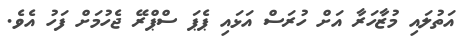
އަތުލައި މުޒާހަރާ އަށް ހުރަސް އަޅައި ޕެޕަ ސްޕްރޭ ޖެހުމަށް ފަހު އެވެ.